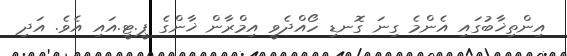
އިންތިޚާބުގައި އެންމެ ގިނަ ގޮނޑި ހޯއްދެވީ އިމްރާން ޚާންގެ ޕީ.ޓީ.އައި އެވެ. އަދި